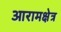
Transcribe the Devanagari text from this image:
आरामक्षेत्र